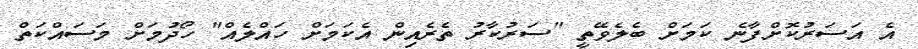
އެ އަސަރުކޮށްފާނެ ކަމަށް ބެލެވޭތީ "ސަރުކާރު ތެރެއިން އެކަމަށް ހައްލެއް" ހޯދުމަށް މަސައްކަތް